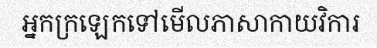
អ្នកក្រឡេកទៅមើលភាសាកាយវិការ